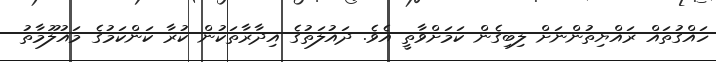
ހައްގުތައް ރައްޔިތުންނަށް ލިބިގެން ކަމަށްވާތީ އެވެ. ދައުލަތުގެ އިދާރާތަކުން ކުރާ ކަންކަމުގެ މައުލޫމާތު